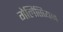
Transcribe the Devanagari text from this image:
गेलिसियन